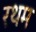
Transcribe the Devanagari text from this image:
रथम